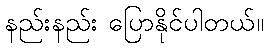
နည်းနည်း ပြောနိုင်ပါတယ်။